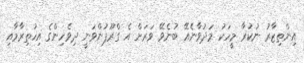
އިންތިޒާރު ނުކުރާ މީހަކު މަދުވާނެއޭ ބުނެވޭ ވަރަށް އެ ގްރޫޕުންވަނީ ދިވެހިންގެ އިހުތިރާމާއި